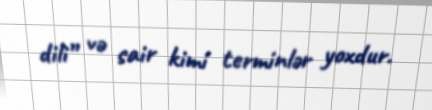
dili” və sair kimi terminlər yoxdur.